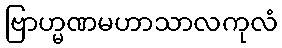
ဗြာဟ္မဏမဟာသာလကုလံ